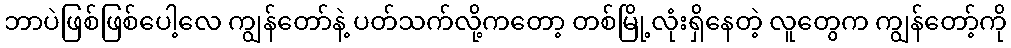
ဘာပဲဖြစ်ဖြစ်ပေါ့လေ ကျွန်တော်နဲ့ ပတ်သက်လို့ကတော့ တစ်မြို့လုံးရှိနေတဲ့ လူတွေက ကျွန်တော့်ကို